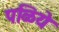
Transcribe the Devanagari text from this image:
पळिये